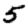
Digit: 5